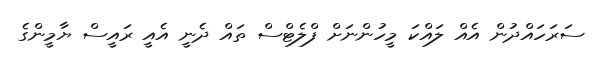
ސަރަހައްދުން އެއް ލައްކަ މީހުންނަށް ފްލެޓްސް ތައް ދެނީ އެއީ ރައީސް ޔާމީންގެ